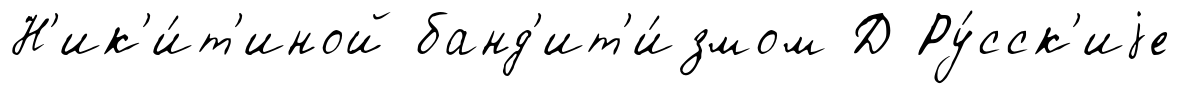
Н'ик'и́т'иной банд'ит'и́змом Д Ру́сск'иjе